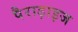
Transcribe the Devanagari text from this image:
पैराड़ाइज